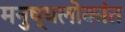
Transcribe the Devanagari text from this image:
मनुष्यलोकांत